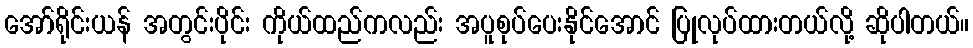
အော်ရိုင်းယန် အတွင်းပိုင်း ကိုယ်ထည်ကလည်း အပူစုပ်ပေးနိုင်အောင် ပြုလုပ်ထားတယ်လို့ ဆိုပါတယ်။